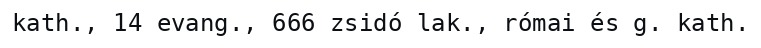
kath., 14 evang., 666 zsidó lak., római és g. kath.